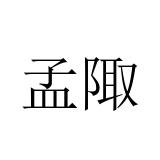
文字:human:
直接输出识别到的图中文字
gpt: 孟陬